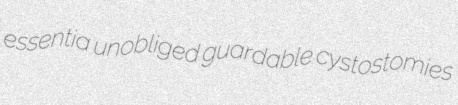
essentia unobliged guardable cystostomies